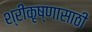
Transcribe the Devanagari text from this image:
श्रीकृष्णासाठी